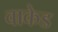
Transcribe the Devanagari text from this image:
वाकेड